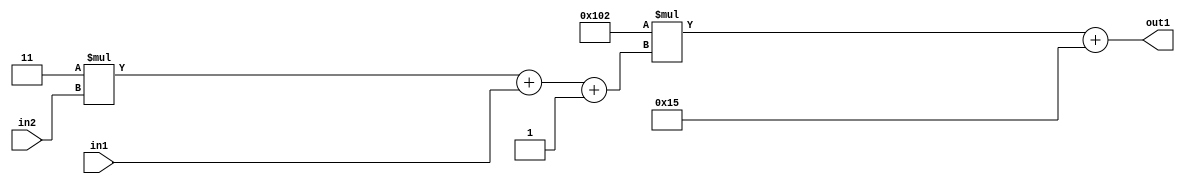
`timescale 1ps / 1ps
/*****************************************************************************
    Verilog RTL Description
    
    
    Created by: Stratus DpOpt 2019.1.01 
*******************************************************************************/

module DC_Filter_Add2i21Mul2i258Add3i1u1Mul2i3u2_4 (
	in2,
	in1,
	out1
	); /* architecture "behavioural" */ 
input [1:0] in2;
input  in1;
output [11:0] out1;
wire [11:0] asc001;
wire [3:0] asc002;

wire [3:0] asc002_tmp_0;
wire [3:0] asc002_tmp_1;
assign asc002_tmp_1 = 
	+(4'B0011 * in2);
assign asc002_tmp_0 = asc002_tmp_1
	+(in1);
assign asc002 = asc002_tmp_0
	+(4'B0001);

wire [11:0] asc001_tmp_2;
assign asc001_tmp_2 = 
	+(12'B000100000010 * asc002);
assign asc001 = asc001_tmp_2
	+(12'B000000010101);

assign out1 = asc001;
endmodule

/* CADENCE  vrP0QgE= : u9/ySgnWtBlWxVPRXgAZ4Og= ** DO NOT EDIT THIS LINE ******/